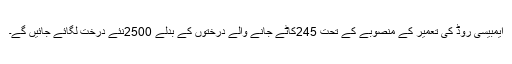
ایمبیسی روڈ کی تعمیر کے منصوبے کے تحت 245کاٹے جانے والے درختوں کے بدلے 2500نئے درخت لگائے جائیں گے۔